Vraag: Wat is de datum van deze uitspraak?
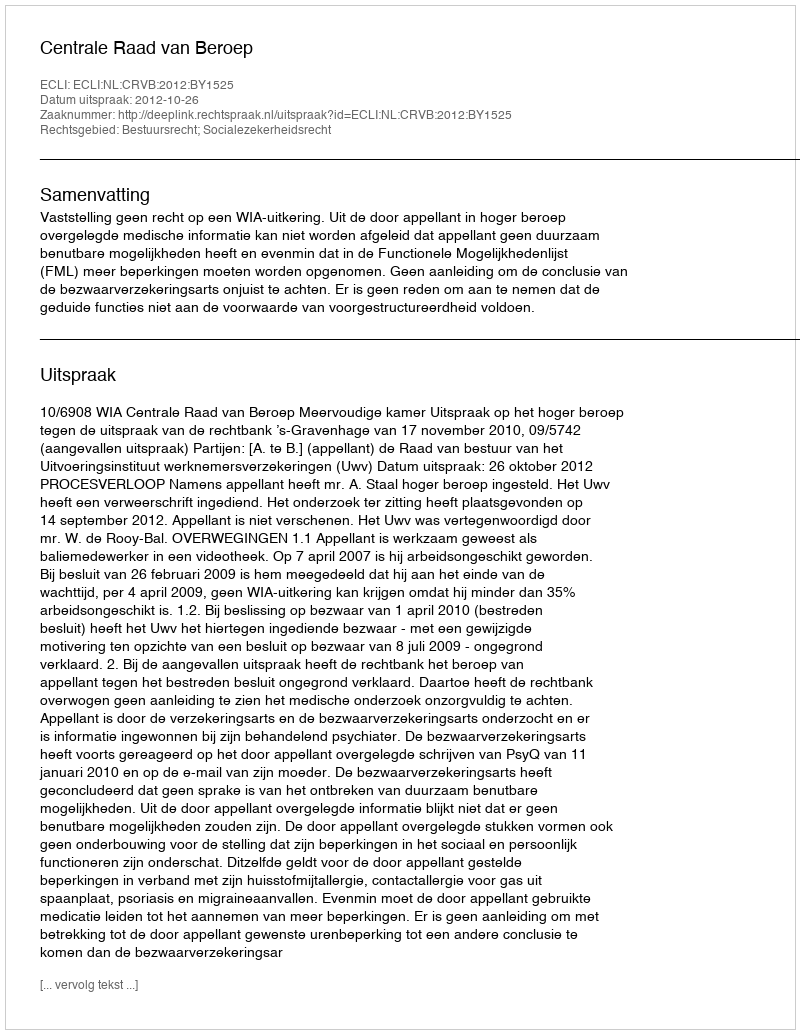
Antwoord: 2012-10-26